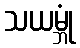
သယမ္ဘုံ